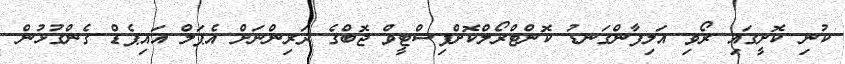
ކުނި ކޮށީގައި ރޯވި އަލިފާންގަނޑު ކޮންޓްރޯލްކޮށްފިސްޓީވް ޖޮބްގެ ދަރިންނަށް އެޕަލް އައިޕެޑް ގެންގުޅުން